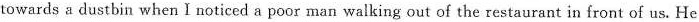
towards a dustbin when I noticed a poor man walking out of the restaurant in front of us. He